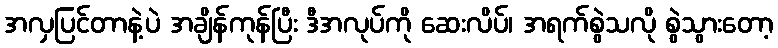
အလှပြင်တာနဲ့ပဲ အချိန်ကုန်ပြီး ဒီအလုပ်ကို ဆေးလိပ်၊ အရက်စွဲသလို စွဲသွားတော့